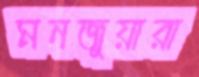
মনজুয়ারা